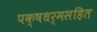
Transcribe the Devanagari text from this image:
पक्षधर्मसहित